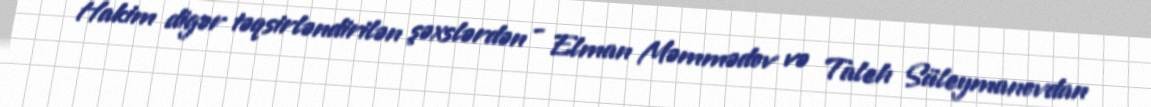
Hakim digər təqsirləndirilən şəxslərdən - Elman Məmmədov və Taleh Süleymanovdan